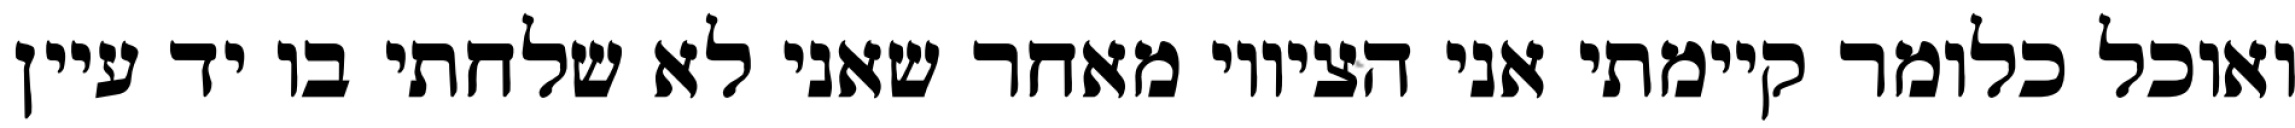
ואוכל כלומר קיימתי אני הציווי מאחר שאני לא שלחתי בו יד עיין